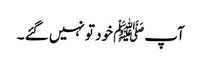
آپﷺ خود تو نہیں گئے ۔